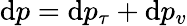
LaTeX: \mathrm{d}p=\mathrm{d}p_{\tau}+\mathrm{d}p_{v}